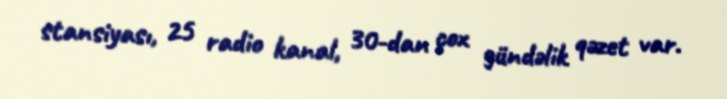
stansiyası, 25 radio kanal, 30-dan çox gündəlik qəzet var.